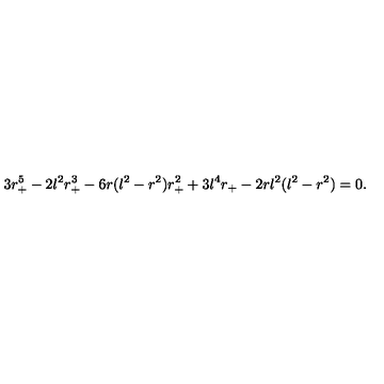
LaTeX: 3 r _ { + } ^ { 5 } - 2 l ^ { 2 } r _ { + } ^ { 3 } - 6 r ( l ^ { 2 } - r ^ { 2 } ) r _ { + } ^ { 2 } + 3 l ^ { 4 } r _ { + } - 2 r l ^ { 2 } ( l ^ { 2 } - r ^ { 2 } ) = 0 .